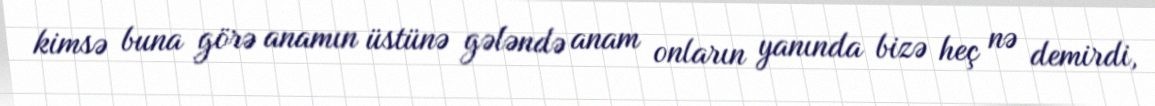
kimsə buna görə anamın üstünə gələndə anam onların yanında bizə heç nə demirdi,